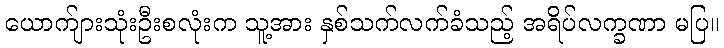
ယောက်ျားသုံးဦးစလုံးက သူ့အား နှစ်သက်လက်ခံသည့် အရိပ်လက္ခဏာ မပြ။